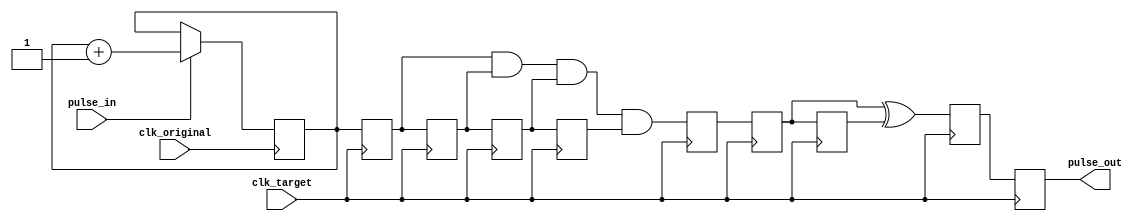
`timescale 1ns / 1ps
//////////////////////////////////////////////////////////////////////////////////
// Company: 
// Engineer: 
// 
// Design Name: 
// Module Name:    pulse_transfer 
// Project Name: 
// Target Devices: 
// Tool versions: 
// Description: 
//
// Dependencies: 
//
// Revision: 
// Revision 0.01 - File Created
// Additional Comments: 
//
//////////////////////////////////////////////////////////////////////////////////
module pulse_transfer(
								clk_original,
								clk_target,
								pulse_in,
								pulse_out
							);
			input clk_original ;
			input clk_target   ;
			input pulse_in     ;
			output pulse_out   ;
			
			reg    pulse_out   ;
			reg    pulse_indicator;
			reg    delay_buf1  ;
			reg    delay_buf2  ;
			reg    delay_buf3  ;
			reg    delay_buf4  ;
			reg    delay_buf   ;
			reg    pulse_buf1  ;
			reg    pulse_buf2  ;
			reg    pulse_out_buf;
			
			always @ ( posedge clk_original )
				begin
					if ( pulse_in )
						pulse_indicator <= pulse_indicator + 1 ;
				end
			always @ ( posedge clk_target )
				begin
					delay_buf1 <= pulse_indicator ;
					delay_buf2 <= delay_buf1      ;
					delay_buf3 <= delay_buf2      ;
					delay_buf4 <= delay_buf3      ;
					delay_buf  <= delay_buf1 && delay_buf2 && delay_buf3 && delay_buf4 ;
				end
			always @ ( posedge clk_target )
				begin
					pulse_buf1 <= delay_buf ;
					pulse_buf2 <= pulse_buf1;
					pulse_out_buf <= pulse_buf1 ^ pulse_buf2 ;
					pulse_out  <= pulse_out_buf ;
				end

endmodule